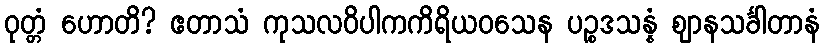
ဝုတ္တံ ဟောတိ? ဧတာသံ ကုသလဝိပါကကိရိယဝသေန ပဉ္စဒသန္နံ ဈာနသင်္ခါတာနံ